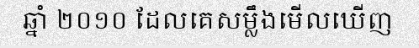
ឆ្នាំ ២០១០ ដែលគេសម្លឹងមើលឃើញ